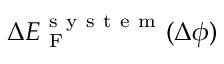
\Delta E _ { \mathrm { ~ F ~ } } ^ { \mathrm { ~ s ~ y ~ s ~ t ~ e ~ m ~ } } ( \Delta \phi )